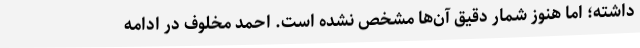
داشته؛ اما هنوز شمار دقیق آن‌ها مشخص نشده است. احمد مخلوف در ادامه